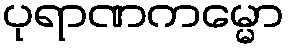
ပုရာဏကမ္မော